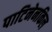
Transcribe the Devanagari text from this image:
पाटिनेनकिल